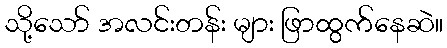
သို့သော် အလင်းတန်း များ ဖြာထွက်နေဆဲ။